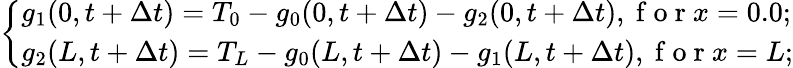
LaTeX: \left\{ \begin{array}{ll}{g_{1}(0,t+\Delta t)=T_{0}-g_{0}(0,t+\Delta t)-g_{2}(0,t+\Delta t),\mathrm{~f~o~r~}x=0.0;}\\ {g_{2}(L,t+\Delta t)=T_{L}-g_{0}(L,t+\Delta t)-g_{1}(L,t+\Delta t),\mathrm{~f~o~r~}x=L;}\end{array}\right.